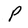
Character: p